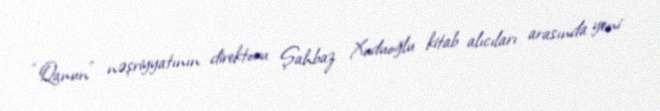
“Qanun” nəşriyyatının direktoru Şahbaz Xuduoğlu kitab alıcıları arasında yeni